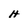
Character: H